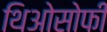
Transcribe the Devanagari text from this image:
थिओसोफी